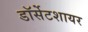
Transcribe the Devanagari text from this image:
डॉर्सेटशायर